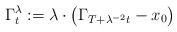
LaTeX: \begin{align*}\Gamma^{\lambda}_{t}:=\lambda\cdot\big( \Gamma_{T+\lambda^{-2}t}-x_{0}\big)\end{align*}